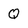
Character: Q